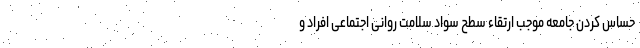
حساس کردن جامعه موجب ارتقاء سطح سواد سلامت روانی اجتماعی افراد و